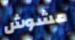
مشوش